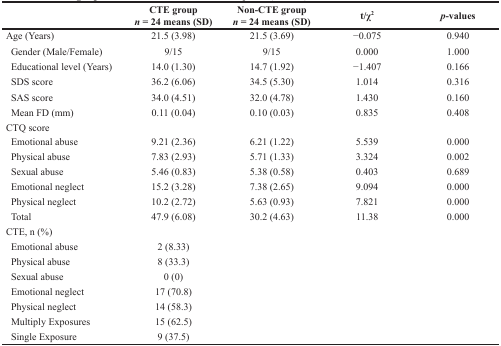
|  | CTE groupn = 24 means (SD) | Non-CTE groupn = 24 means (SD) | t/χ2 | p-values |
 | --- | --- | --- | --- | --- |
 | Age (Years) | 21.5 (3.98) | 21.5 (3.69) | −0.075 | 0.940 |
 | Gender (Male/Female) | 9/15 | 9/15 | 0.000 | 1.000 |
 | Educational level (Years) | 14.0 (1.30) | 14.7 (1.92) | −1.407 | 0.166 |
 | SDS score | 36.2 (6.06) | 34.5 (5.30) | 1.014 | 0.316 |
 | SAS score | 34.0 (4.51) | 32.0 (4.78) | 1.430 | 0.160 |
 | Mean FD (mm) | 0.11 (0.04) | 0.10 (0.03) | 0.835 | 0.408 |
 | CTQ score |  |  |  |  |
 | Emotional abuse | 9.21 (2.36) | 6.21 (1.22) | 5.539 | 0.000 |
 | Physical abuse | 7.83 (2.93) | 5.71 (1.33) | 3.324 | 0.002 |
 | Sexual abuse | 5.46 (0.83) | 5.38 (0.58) | 0.403 | 0.689 |
 | Emotional neglect | 15.2 (3.28) | 7.38 (2.65) | 9.094 | 0.000 |
 | Physical neglect | 10.2 (2.72) | 5.63 (0.93) | 7.821 | 0.000 |
 | Total | 47.9 (6.08) | 30.2 (4.63) | 11.38 | 0.000 |
 | CTE, n (%) |  |  |  |  |
 | Emotional abuse | 2 (8.33) |  |  |  |
 | Physical abuse | 8 (33.3) |  |  |  |
 | Sexual abuse | 0 (0) |  |  |  |
 | Emotional neglect | 17 (70.8) |  |  |  |
 | Physical neglect | 14 (58.3) |  |  |  |
 | Multiply Exposures | 15 (62.5) |  |  |  |
 | Single Exposure | 9 (37.5) |  |  |  |